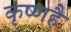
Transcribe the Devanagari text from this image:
कृष्णहै